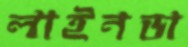
লাইনডা